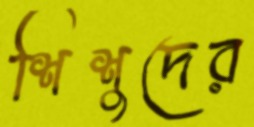
শিশুদের